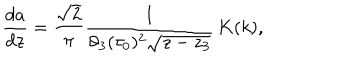
\frac { d a } { d z } = \frac { \sqrt { 2 } } { \pi } \frac { 1 } { \vartheta _ { 3 } ( \tau _ { 0 } ) ^ { 2 } \sqrt { z - z _ { 3 } } } \, K ( k ) ,